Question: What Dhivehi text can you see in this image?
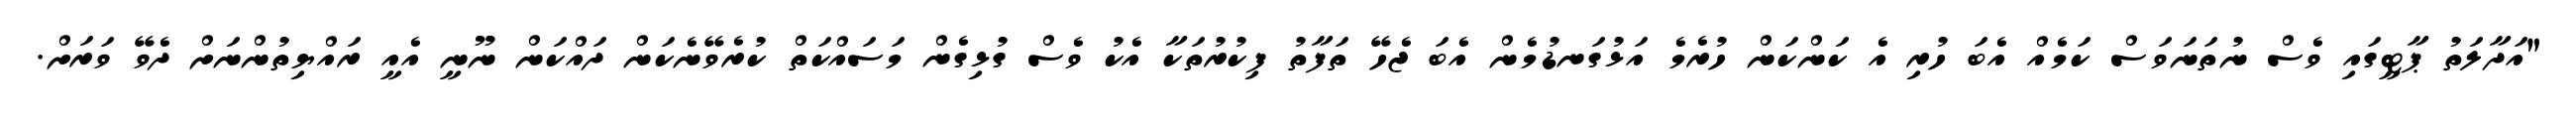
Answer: "އަދާލަތު ޕާޓީގައި ވެސް ނުތަނަވަސް ކަމެއް އެބަ ހުރި އެ ކަންކަން ހުރެމެ އަޅުގަނޑުމެން އެބަ ޖެހޭ ތަފާތު ފިކުރުތަކާ އެކު ވެސް ގުޅިގެން މަސައްކަތް ކުރެވޭނެކަން ދައްކަން ނޫނީ އެއީ ރައްޔިތުންނަށް ދެވޭ ވަރަށް.